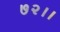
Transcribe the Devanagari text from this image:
७२।।